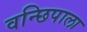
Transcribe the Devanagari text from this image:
वन्छिपाला